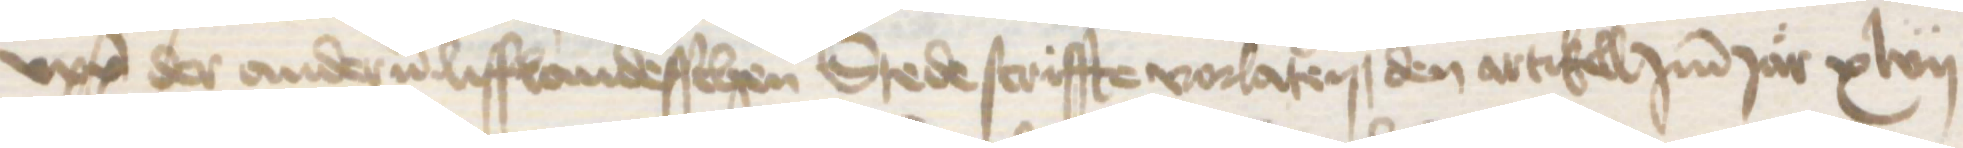
upp der anderen lifflandesschen Stede scriffte vorlaten, den artikell Jmm Jar xlvii